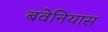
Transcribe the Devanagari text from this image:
बवेनियास